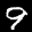
Label: 9